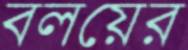
বলয়ের